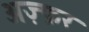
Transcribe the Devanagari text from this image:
अज़्फ़र